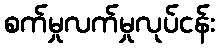
စက်မှုလက်မှုလုပ်ငန်း